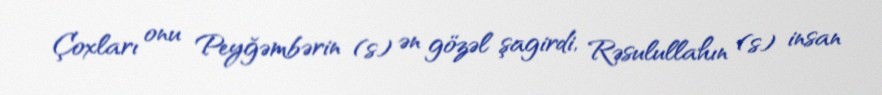
Çoxları onu Peyğəmbərin (s) ən gözəl şagirdi, Rəsulullahın (s) insan